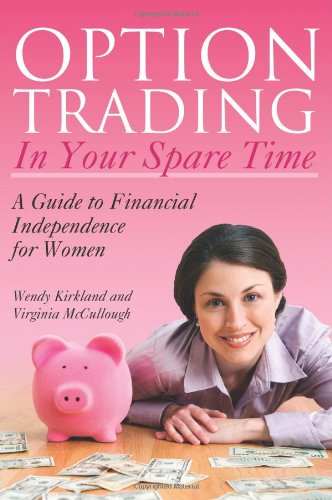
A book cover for Option Trading in Your Spare Time: A Guide to Financial Independence for Women; Virginia McCullough; Business & Money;